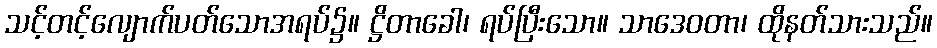
သင့်တင့်လျောက်ပတ်သောအရပ်၌။ ဋ္ဌိတာခေါ၊ ရပ်ပြီးသော။ သာဒေဝတာ၊ ထိုနတ်သားသည်။